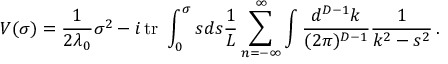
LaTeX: V ( \sigma ) = \frac { 1 } { 2 \lambda _ { 0 } } \sigma ^ { 2 } - i \, \mathrm { t r } \ \displaystyle \int _ { 0 } ^ { \sigma } s d s \frac { 1 } { L } \sum _ { n = - \infty } ^ { \infty } \int \frac { d ^ { D - 1 } k } { ( 2 \pi ) ^ { D - 1 } } \frac { 1 } { k ^ { 2 } - s ^ { 2 } } \, .